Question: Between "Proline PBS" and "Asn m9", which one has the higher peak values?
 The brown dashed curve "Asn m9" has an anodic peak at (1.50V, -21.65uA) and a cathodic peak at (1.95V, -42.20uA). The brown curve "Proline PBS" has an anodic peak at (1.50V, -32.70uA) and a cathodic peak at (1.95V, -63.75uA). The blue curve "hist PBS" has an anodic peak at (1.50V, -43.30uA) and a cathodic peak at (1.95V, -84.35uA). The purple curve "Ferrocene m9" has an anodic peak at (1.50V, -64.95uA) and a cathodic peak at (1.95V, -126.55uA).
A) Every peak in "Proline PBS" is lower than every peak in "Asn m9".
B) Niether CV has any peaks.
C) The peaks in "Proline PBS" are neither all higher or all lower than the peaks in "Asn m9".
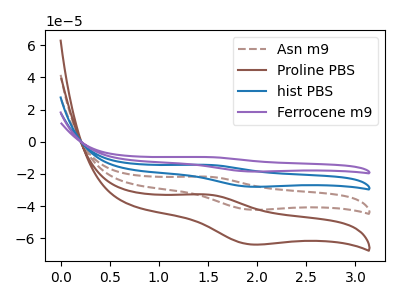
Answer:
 <answer>C) The peaks in "Proline PBS" are neither all higher or all lower than the peaks in "Asn m9".</answer>
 <eval>C</eval>